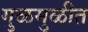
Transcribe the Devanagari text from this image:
गुळमुळीत